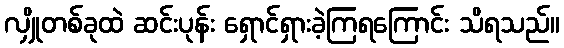
လျှိုတစ်ခုထဲ ဆင်းပုန်း ရှောင်ရှားခဲ့ကြရကြောင်း သိရသည်။